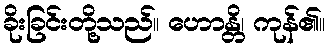
ခိုးခြင်းတို့သည်။ ဟောန္တိ၊ ကုန်၏။